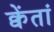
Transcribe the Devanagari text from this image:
क्वेंतां